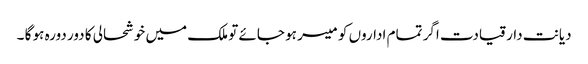
دیانت دار قیادت اگر تمام اداروں کو میسر ہو جائے تو ملک میں خوشحالی کا دور دورہ ہو گا ۔